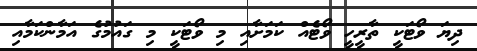
ދިޔަ ވޯޓަކީ ތާރީހީ ވޯޓެއް ކަމަށާއި މި ވޯޓަކީ މި ގައުމުގެ އަމާންކަމާއި